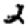
Digit: 2